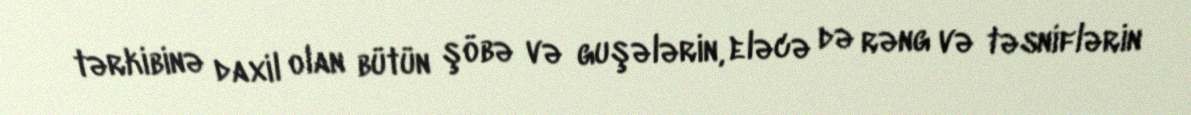
tərkibinə daxil olan bütün şöbə və guşələrin, eləcə də rəng və təsniflərin